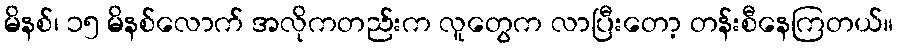
မိနစ်၊ ၁၅ မိနစ်လောက် အလိုကတည်းက လူတွေက လာပြီးတော့ တန်းစီနေကြတယ်။